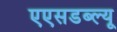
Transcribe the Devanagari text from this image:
एएसडब्ल्यू